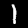
Label: 1